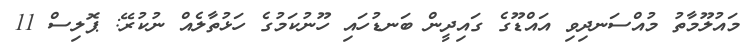
މައުލޫމާތު މުއްސަނދިވި އައްޑޫގެ ގައިދީން ބަނޑުހައި ހޫނުކަމުގެ ހަޅުތާލެއް ނުކުރޭ: ޕޮލިސް 11